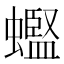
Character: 𫋟